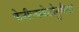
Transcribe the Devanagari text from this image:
फेनील्यकेटोनुरिया